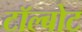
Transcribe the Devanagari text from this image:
टॉल्बोट